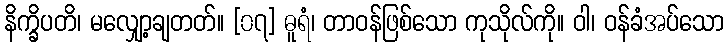
နိက္ခိပတိ၊ မလျှော့ချတတ်။ [၀၇] ဓူရံ၊ တာဝန်ဖြစ်သော ကုသိုလ်ကို။ ဝါ၊ ဝန်ခံအပ်သော